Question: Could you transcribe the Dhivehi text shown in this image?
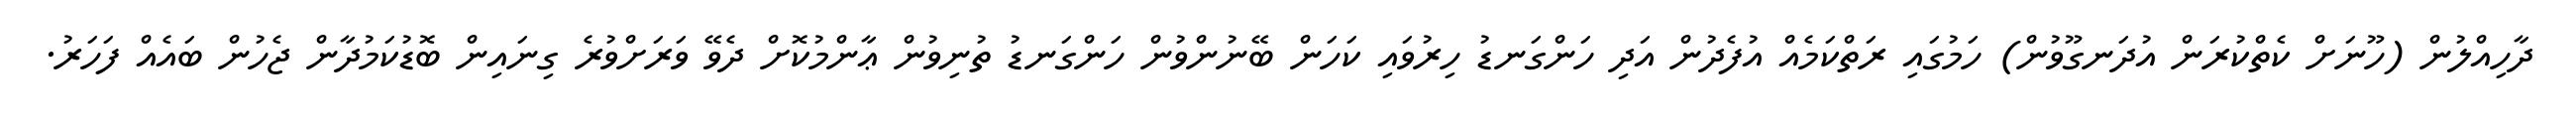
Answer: ދާހިއްލުން (ހޫނަށް ކެތްކުރަން އުދަނގޫވުން) ހަމުގައި ރަތްކަމެއް އުފެދުން އަދި ހަންގަނޑު ހިރުވައި ކަހަން ބޭނުންވުން ހަންގަނޑު ތުނިވުން ޢާންމުކޮށް ދެވޭ ވަރަށްވުރެ ގިނައިން ބޮޑުކަމުދާން ޖެހުން ބައެއް ފަހަރު.